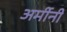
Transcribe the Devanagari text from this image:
अर्मीनी